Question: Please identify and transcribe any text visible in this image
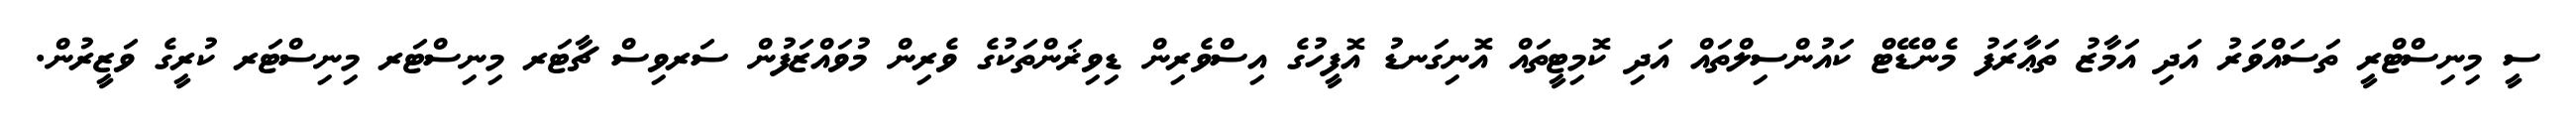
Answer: ސީ މިނިސްޓްރީ ތަސައްވަރު އަދި އަމާޒު ތަޢާރަފު މެންޑޭޓް ކައުންސިލްތައް އަދި ކޮމިޓީތައް އޮނިގަނޑު އޮފީހުގެ އިސްވެރިން ޑިވިޜަންތަކުގެ ވެރިން މުވައްޒަފުން ސަރވިސް ޗާޓަރ މިނިސްޓަރ މިނިސްޓަރ ކުރީގެ ވަޒީރުން.